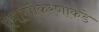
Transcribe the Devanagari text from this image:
प्रमाणीकरणाकडे